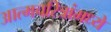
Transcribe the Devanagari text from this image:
आत्मचरित्रांमध्ये